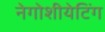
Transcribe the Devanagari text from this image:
नेगोशीयेटिंग